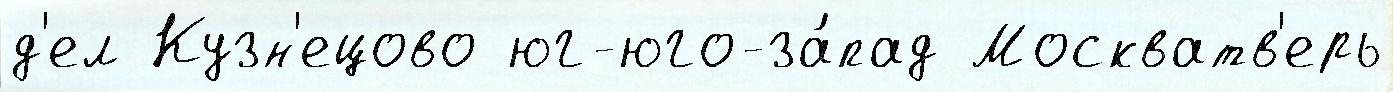
д'ел Кузн'ецово юг-юго-за́пад Москватв'ерь